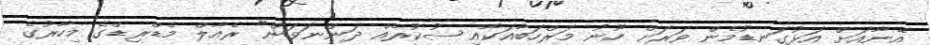
އޭނާއަށް އަޅުގަނޑުމެން ވަރަށް ހޫނު މަރްހަބާއަކާއި ޝުކުރެއް ދަންނަވަން" ރެއާލް މެޑްރިޑްގެ މިހާރުގެ